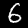
Label: 6